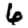
Digit: 6